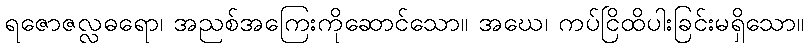
ရဇောဇလ္လဓရော၊ အညစ်အကြေးကိုဆောင်သော။ အဃေ၊ ကပ်ငြိထိပါးခြင်းမရှိသော။